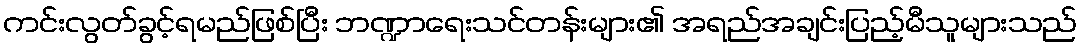
ကင်းလွတ်ခွင့်ရမည်ဖြစ်ပြီး ဘဏ္ဍာရေးသင်တန်းများ၏ အရည်အချင်းပြည့်မီသူများသည်